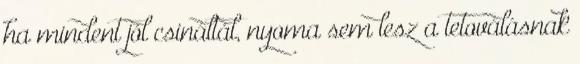
ha mindent jól csináltál, nyoma sem lesz a tetoválásnak